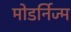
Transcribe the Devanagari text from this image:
मोडर्निज्म